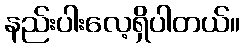
နည်းပါးလေ့ရှိပါတယ်။